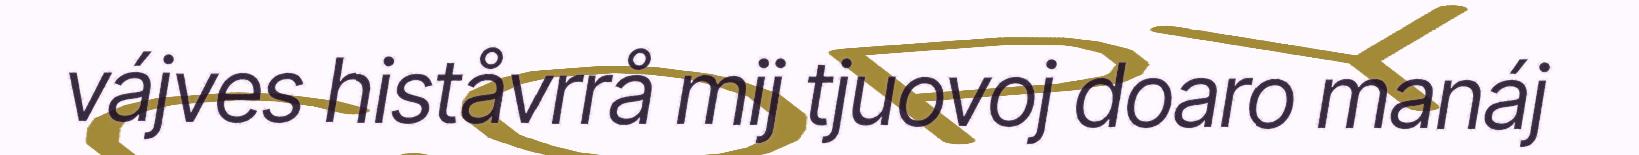
vájves histåvrrå mij tjuovoj doaro manáj